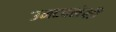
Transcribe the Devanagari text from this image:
उमटवलेली